Eesti_Vabariigi_Tartu_Ulikool, lk 179
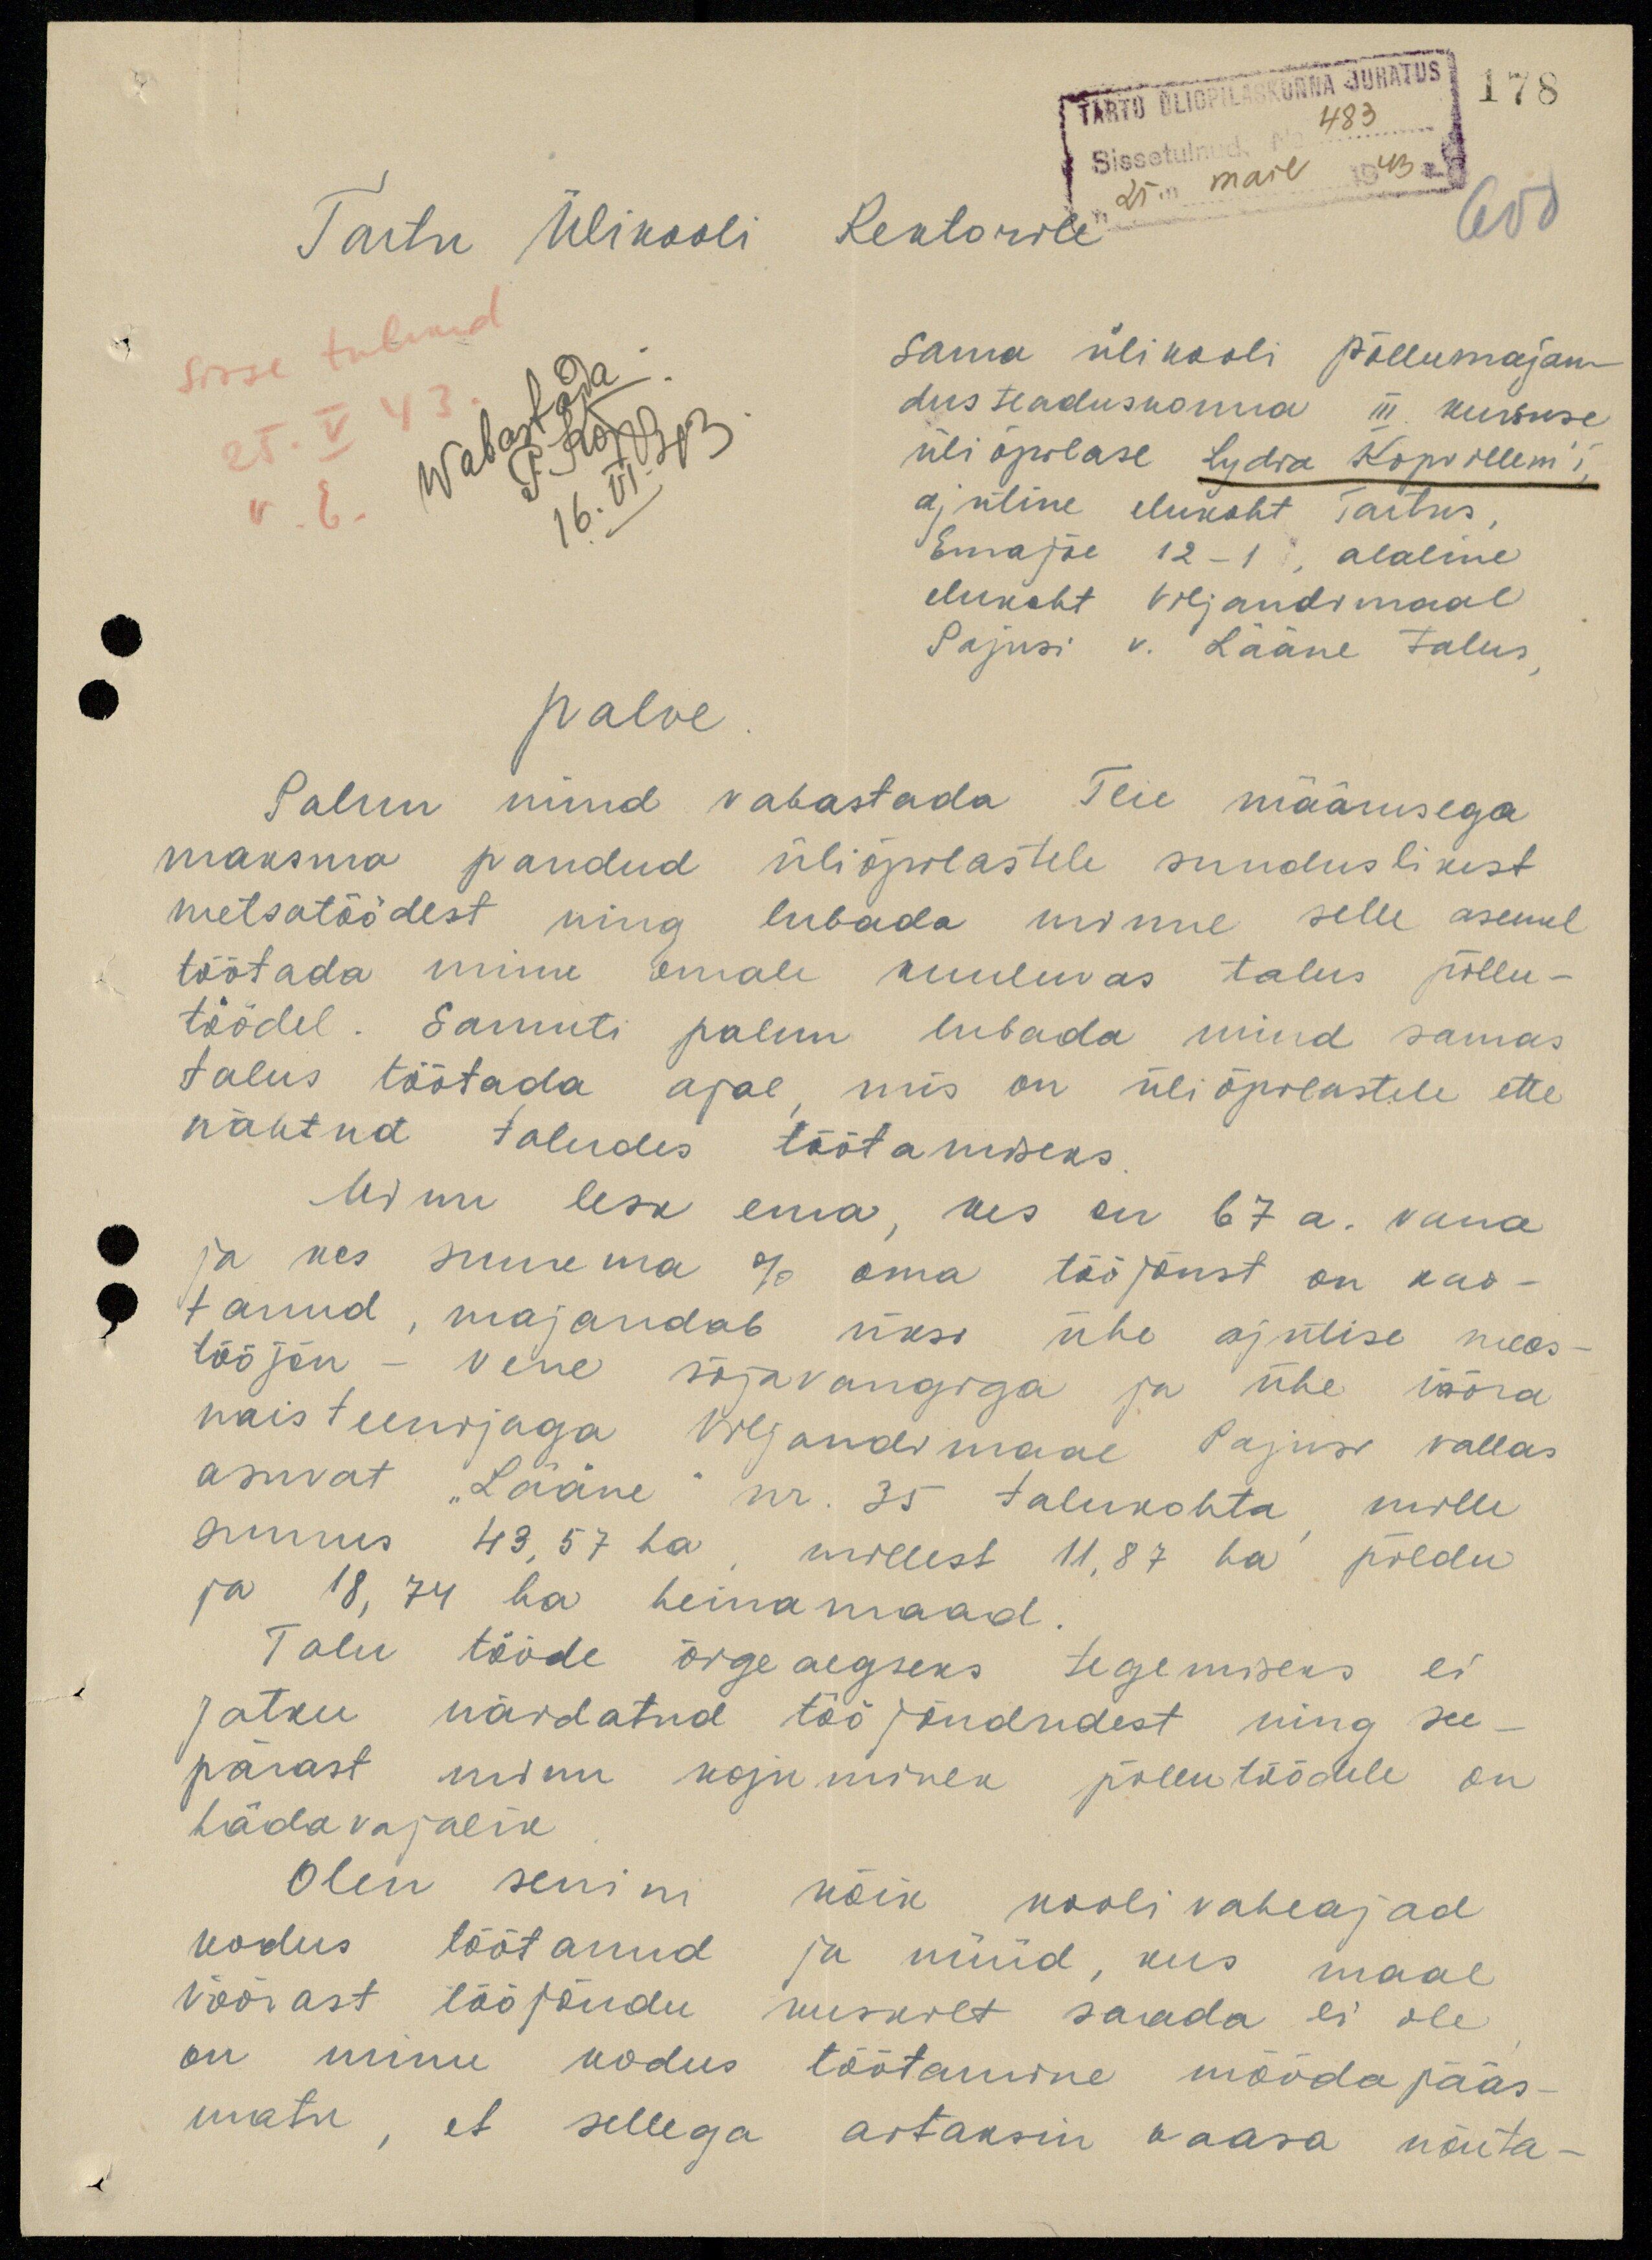
178
TARTU ÜLIÕPILASKONNA JUHATUS
Sissetulnud. No 483
"25." mail 1943 a.
608
Tartu Ülikooli Rektorile
Sisse tulnud
25. V 43
Wabastada.
P. Kõpp.
16. VI. 43.
Sama ülikooli põllumajan-
dusteaduskonna III kursuse
üliõpilase Lydia Kopvillem'i,
ajutine elukoht Tartus,
Emajõe 12-1, alaline
elukoht Viljandimaal
Pajusi v. Lääne talus,
palve
Palun mind vabastada Teie määrusega
maksma pandud üliõpilastele sunduslikest
metsatöödest ning lubada minul selle asemel
töötada minu emale kuuluvas talus põllu-
töödel. Samuti palun lubada mind samas
talus töötada ajal mis on üliõpilastele ette
nähtud taludes töötamiseks
Minu lesk ema, kes on 67 a. vana
ja kes suurema % oma tööjõust on kao-
tanud, majandab üksi ühe ajutise mees-
tööjõu - vene sõjavangiga ja ühe võõra
naisteenijaga Viljandimaal Pajusi vallas
asuvat "Lääne" nr. 35 talukohta mille
suurus 43,57 ha, millest 11,87 ha põldu
ja 18,74 ha heinamaad.
Talu tööde õigeaegseks tegemiseks ei
jatku näidatud tööjõududest ning see-
pärast minu koju minek põllutöödele on
hädavajalik
Olen senini kõik kooli vaheajad
kodus töötanud ja nüüd, kus maal
võõrast tööjõudu kuskilt saada ei ole
on minu kodus töötamine möödapääs-
matu, et sellega aitaksin kaasa nõuta-